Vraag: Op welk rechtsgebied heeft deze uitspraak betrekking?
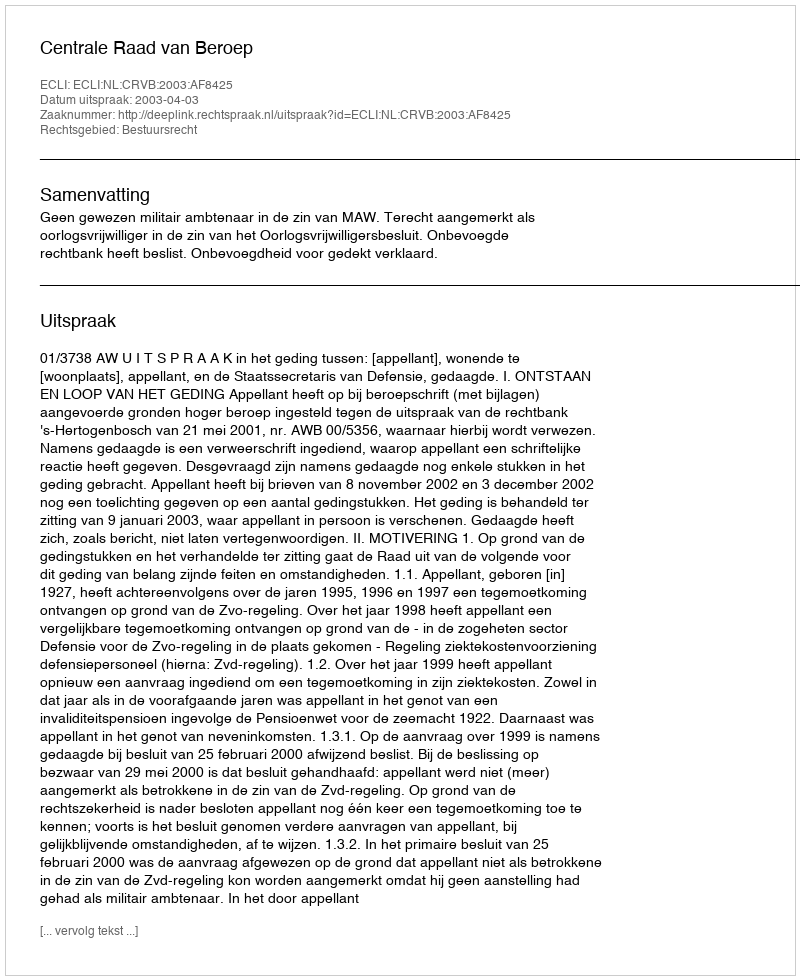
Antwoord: Bestuursrecht